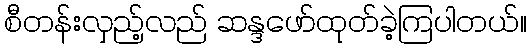
စီတန်းလှည့်လည် ဆန္ဒဖော်ထုတ်ခဲ့ကြပါတယ်။